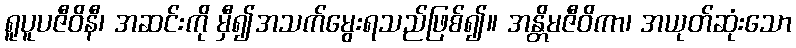
ရူပူပဇီဝိနီ၊ အဆင်းကို မှီ၍အသက်မွေးရသည်ဖြစ်၍။ အန္တိမဇီဝိကာ၊ အယုတ်ဆုံးသော